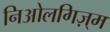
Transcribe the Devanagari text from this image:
निओलगिज़्म